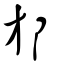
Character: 邡